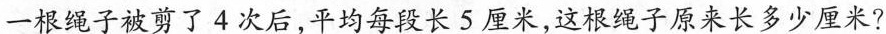
一根绳子被剪了4次后，平均每段长5厘米，这根绳子原来长多少厘米?